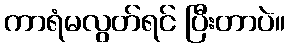
ကာရံမလွတ်ရင် ပြီးတာပဲ။